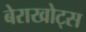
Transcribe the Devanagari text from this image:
बेराखोट्स